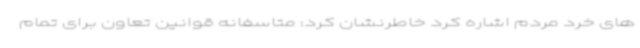
های خرد مردم اشاره کرد خاطرنشان کرد: متاسفانه قوانین تعاون برای تمام